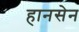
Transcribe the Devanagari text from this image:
हानसेन